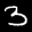
Label: 3